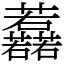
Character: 䖃